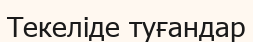
Текеліде туғандар